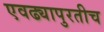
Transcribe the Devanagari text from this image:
एवढ्यापुरतीच